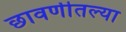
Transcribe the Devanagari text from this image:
छावणीतल्या